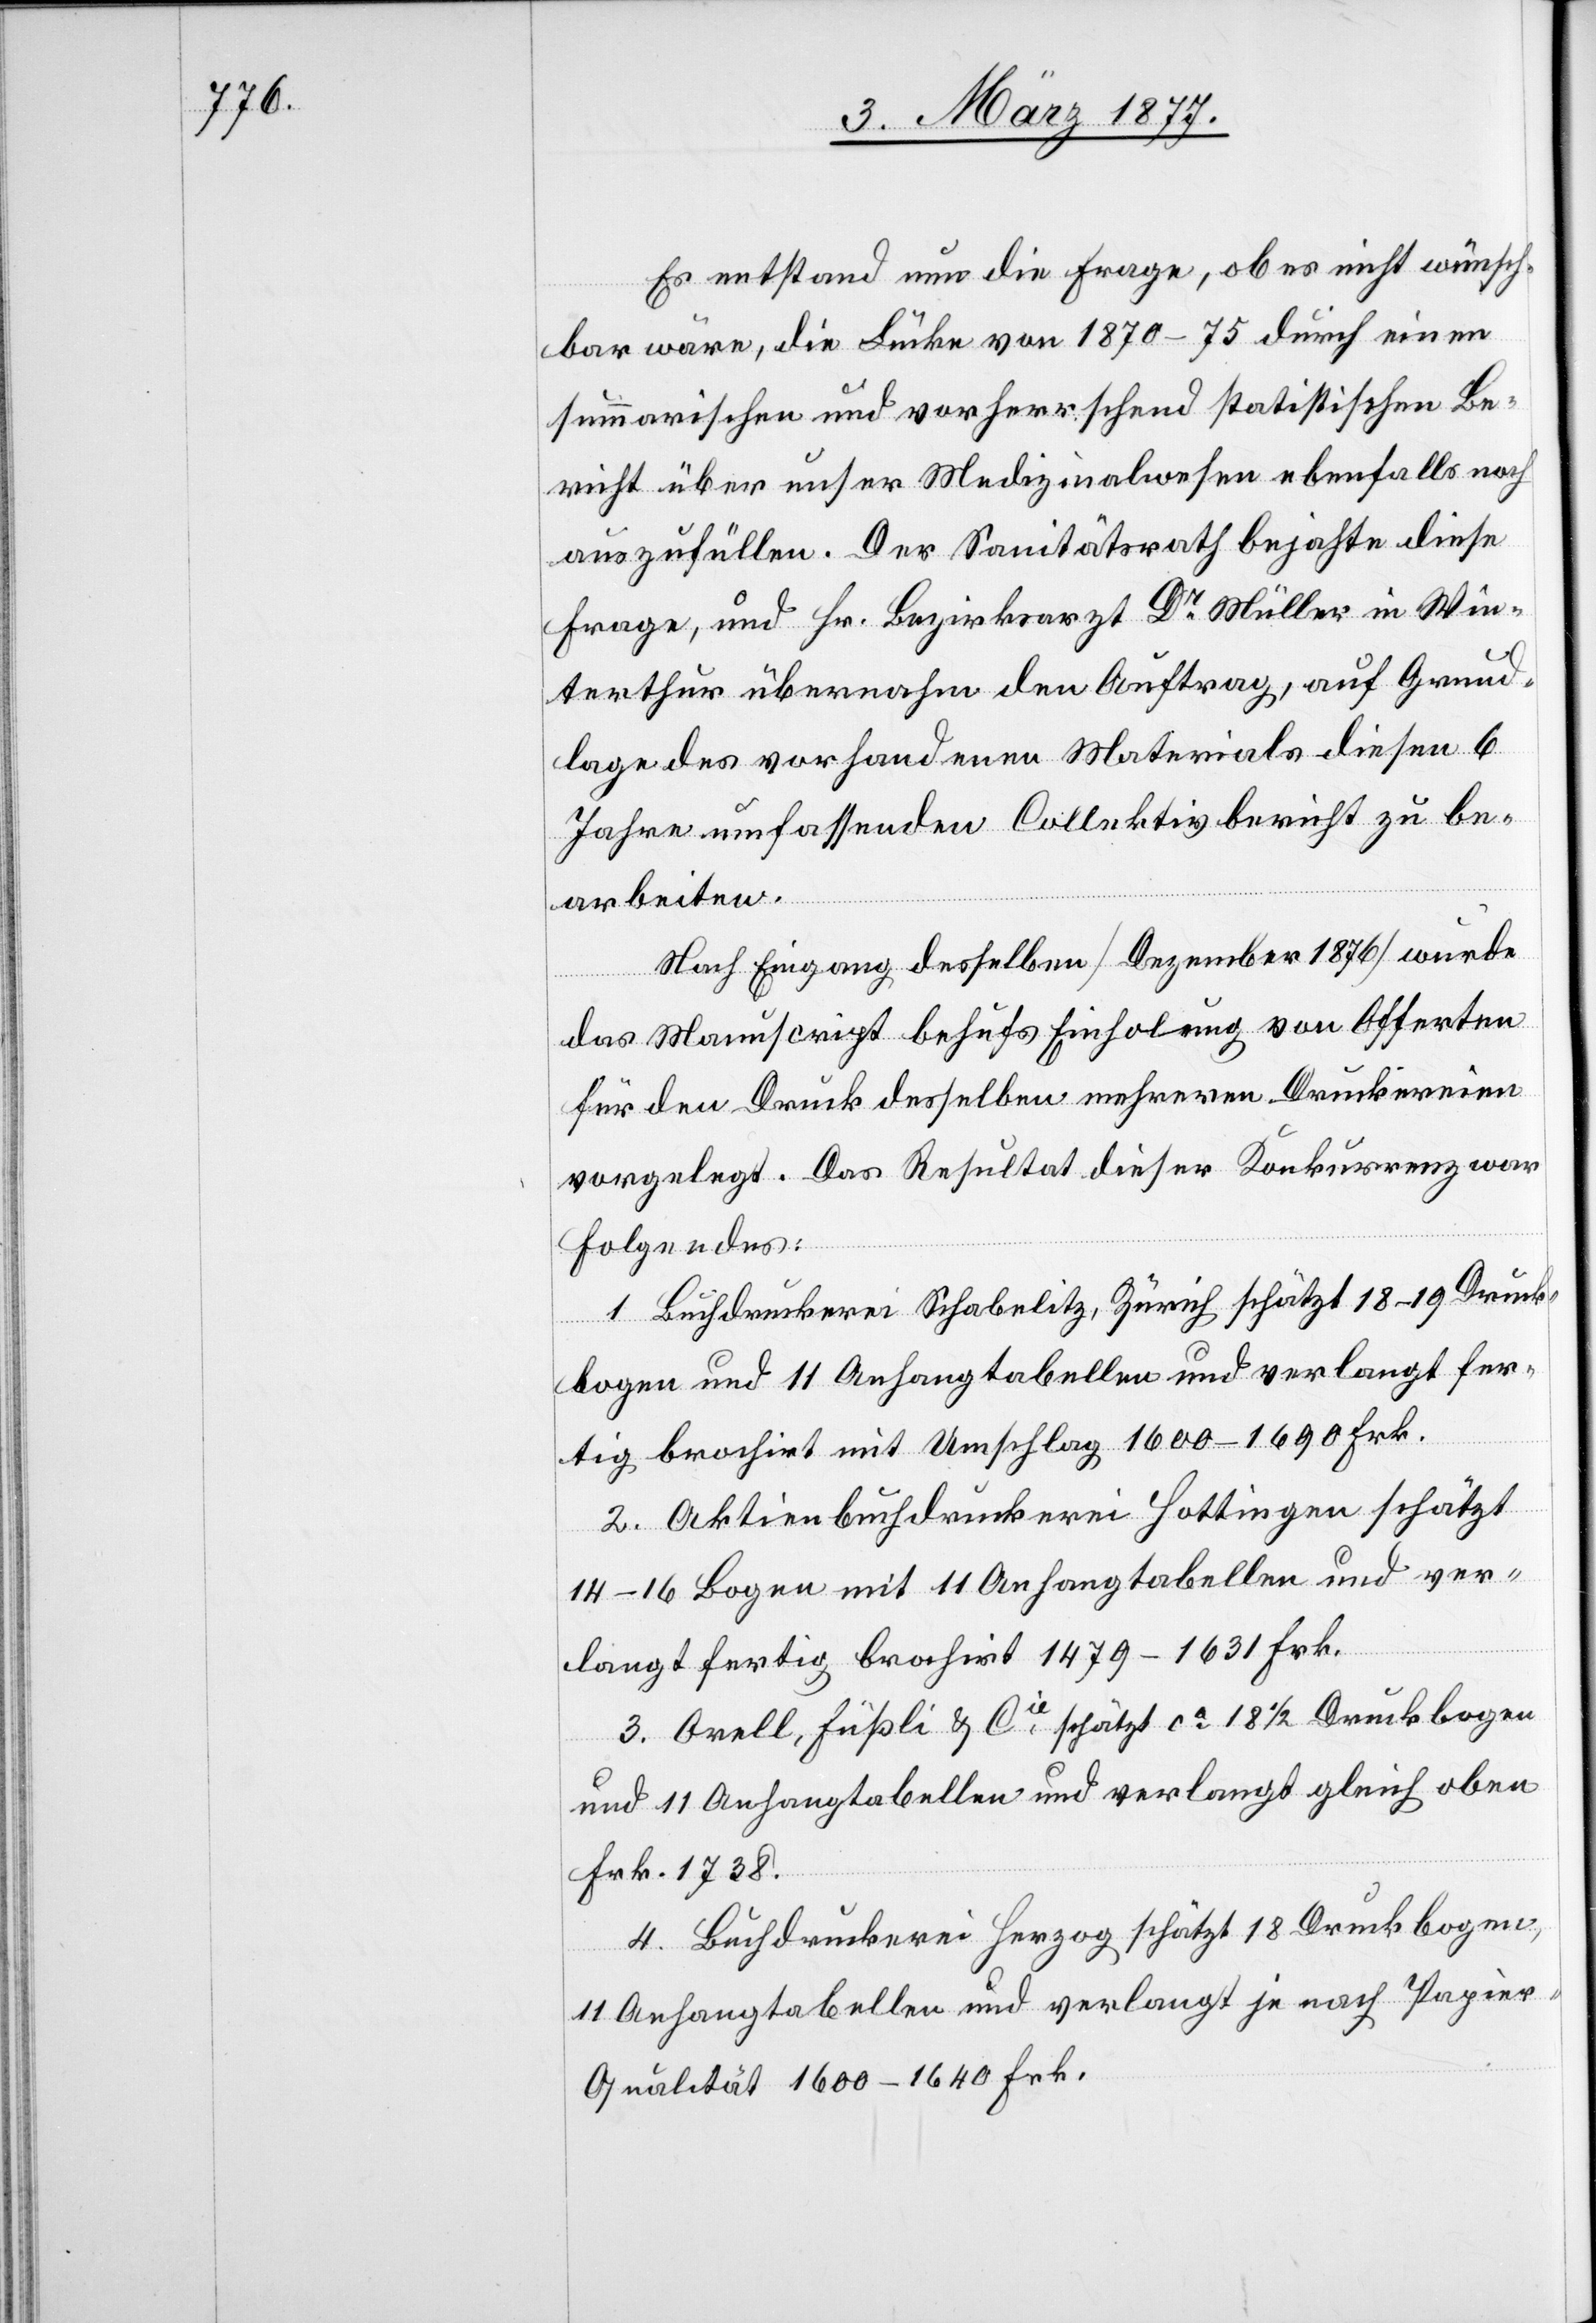
Es entstand nun die Frage, ob es nicht wünsch¬
bar wäre, die Lücke von 1870–75 durch einen
summarischen und vorherrschend statistischen Be¬
richt über unser Medizinalwesen ebenfalls noch
auszufüllen. Der Sanitätsrath bejahte diese
Frage, und Hr. Bezirksarzt Dr Müller in Win¬
terthur übernahm den Auftrag, auf Grund¬
lage des vorhandenen Materials diesen 6
Jahre umfassenden Collektivbericht zu be¬
arbeiten.
Nach Eingang desselben [Dezember 1876] wurde
das Manuscript behufs Einholung von Offerten
für den Druck desselben mehreren Druckereien
vorgelegt. Das Resultat dieser Konkurrenz war
Folgendes:
1. Buchdruckerei Schabelitz, Zürich schätzt 18–19 Druck¬
bogen und 11 Anhangtabellen und verlangt fer¬
tig brochirt mit Umschlag 1600–1690 Frk.
2. Aktienbuchdruckerei Hottingen schätzt
14–16 Bogen mit 11 Anhangtabellen und ver¬
langt fertig brochirt 1479–1631 Frk.
3. Orell, Füßli & Cie schätzt ca 18 1/2 Druckbogen
und 11 Anhangtabellen und verlangt gleich oben
Frk. 1738.
4. Buchdruckerei Herzog schätzt 18 Druckbogen,
11 Anhangtabellen und verlangt je nach Papie¬
r-Qualität 1600–1640 Frk.